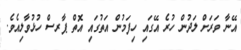
އޭނާ ވަރަށް ލަދުން ހުރެ އޭގައި ހިފަމުން އަތުގައި އޮތް ޕާރސް ހުޅުވާލިއެވެ.